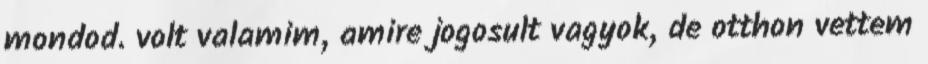
mondod. volt valamim, amire jogosult vagyok, de otthon vettem